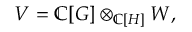
V = \mathbb { C } [ G ] \otimes _ { \mathbb { C } [ H ] } W ,